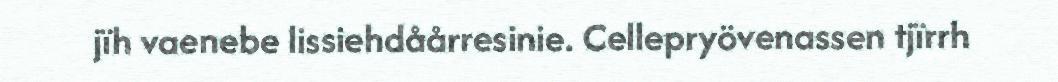
jïh vaenebe lissiehdåårresinie. Cellepryövenassen tjïrrh